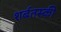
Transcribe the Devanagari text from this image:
शर्बतस्की